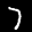
Label: 7